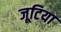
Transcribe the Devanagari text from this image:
जूटिया